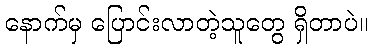
နောက်မှ ပြောင်းလာတဲ့သူတွေ ရှိတာပဲ။